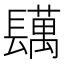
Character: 𨲴